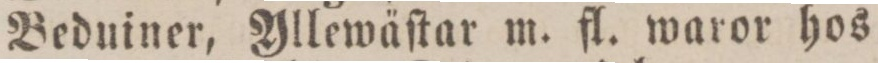
Beduiner, Yllewäſtar m. fl. waror hos